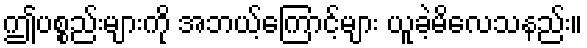
ဤပစ္စည်းများကို အဘယ့်ကြောင့်များ ယူခဲ့မိလေသနည်း။